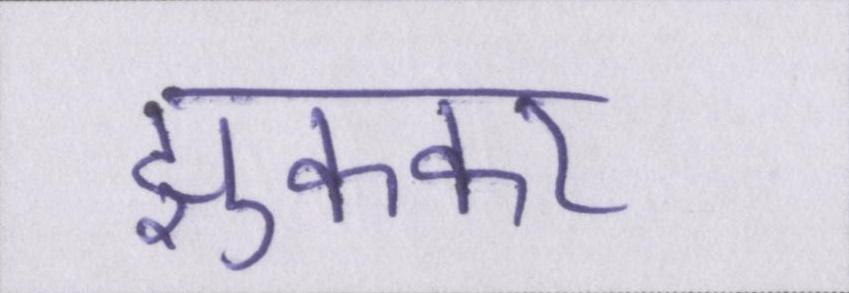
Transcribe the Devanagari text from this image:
झुककर